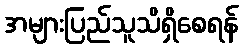
အများပြည်သူသိရှိစေရန်